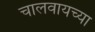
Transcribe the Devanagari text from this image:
चालवायच्या